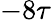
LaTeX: -8\tau